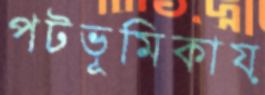
পটভূমিকায়